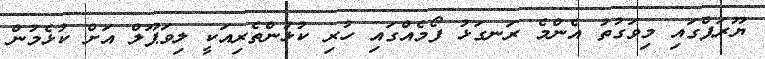
ޔޫރަޕްގައި މިވަގުތު އެންމެ ރަނގަޅު ފޯމެއްގައި ހުރި ކުޅުންތެރިއަކީ ލިވަޕޫލް އަށް ކުޅެމުން